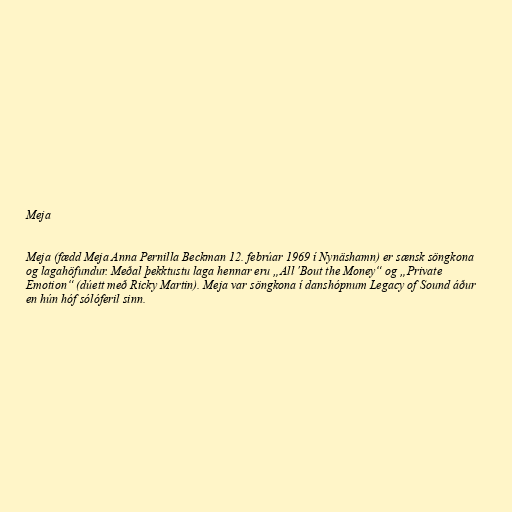
Meja

Meja (fædd Meja Anna Pernilla Beckman 12. febrúar 1969 í Nynäshamn) er sænsk söngkona
og lagahöfundur. Meðal þekktustu laga hennar eru „All 'Bout the Money“ og „Private
Emotion“ (dúett með Ricky Martin). Meja var söngkona í danshópnum Legacy of Sound áður
en hún hóf sólóferil sinn.